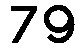
79